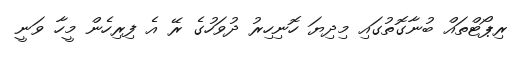
ރިޕޯޓްތައް ބުނާގޮތުގައި މިދިޔަ ހޮނިހިރު ދުވަހުގެ ރޭ އެ ފިރިހެން މީހާ ވަނީ